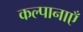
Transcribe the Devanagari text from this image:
कल्पानाएँ